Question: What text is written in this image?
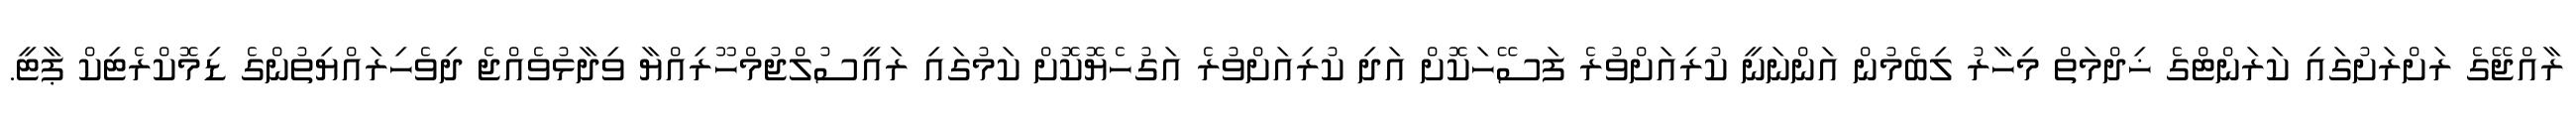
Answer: ރާއްޖޭގެ ރަށްރަށުގައި ކަރަންޓްގެ ޚިދްމަތް މިހާރު ލިބެމުން އަންނަނީ ކުރިއަށްވުރެ ފަސޭހަކޮށް އަދި ކުރިއަށްވުރެ އަގުހެޔޮކޮށް ކަމުގައި ރައީސުލްޖުމްހޫރިއްޔާ ވިދާޅުވެއްޖެ ދިވެހިރައްޔިތުންގެ ޑިމޮކްރެޓިކް ޕާޓީ.